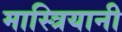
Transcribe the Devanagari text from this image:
मास्त्रियानी